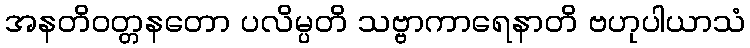
အနတိဝတ္တနတော ပလိမ္ပတိ သဗ္ဗာကာရေနာတိ ဗဟုပါယာသံ